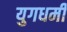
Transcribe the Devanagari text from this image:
युगधर्मी